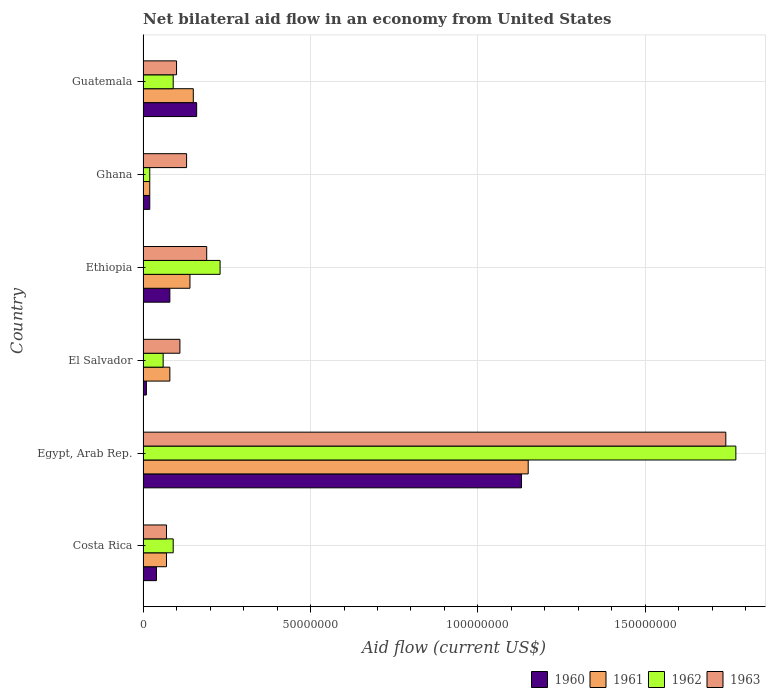
| Country | 1960 | 1961 | 1962 | 1963 |
 | --- | --- | --- | --- | --- |
 | Costa Rica | 4e+06 | 7e+06 | 9e+06 | 7e+06 |
 | Egypt, Arab Rep. | 1.13e+08 | 1.15e+08 | 1.77e+08 | 1.74e+08 |
 | El Salvador | 1e+06 | 8e+06 | 6e+06 | 1.1e+07 |
 | Ethiopia | 8e+06 | 1.4e+07 | 2.3e+07 | 1.9e+07 |
 | Ghana | 2e+06 | 2e+06 | 2e+06 | 1.3e+07 |
 | Guatemala | 1.6e+07 | 1.5e+07 | 9e+06 | 1e+07 |